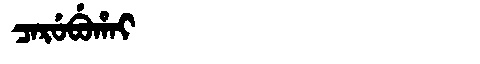
Manchu: ᠴᠠᡵᡠᠪᡠᡥᠠᡳ
Romanization: CARUBUHAI